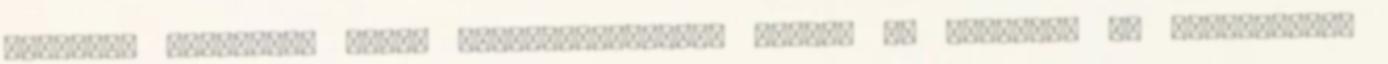
szeretné próbálni, -hogy megbizonyosodjon erről, és -egyben- az állításaink